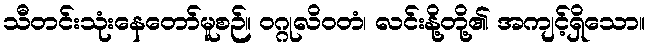
သီတင်းသုံးနေတော်မူစဉ်။ ဝဂ္ဂုလိဝတံ၊ လင်းနို့တို့၏ အကျင့်ရှိသော။